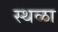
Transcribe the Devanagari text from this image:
स्थळा